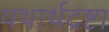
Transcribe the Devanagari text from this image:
यथार्थद्रष्टा